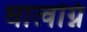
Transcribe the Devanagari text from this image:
धात्वग्नि